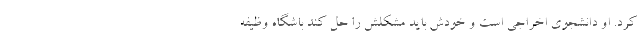
کرد. او دانشجوی اخراجی است و خودش باید مشکلش را حل کند باشگاه وظیفه